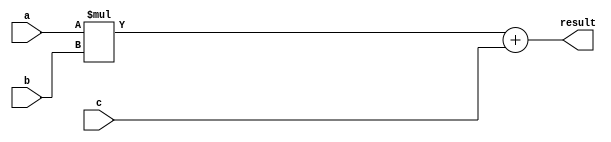
module fused_multiply_add(
    input [31:0] a,
    input [31:0] b,
    input [31:0] c,
    output reg [31:0] result
);

// internal components for multiplication and addition operations

always @ (*) begin
    result = a * b + c;
end

endmodule